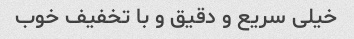
خیلی سریع و دقیق و با تخفیف خوب